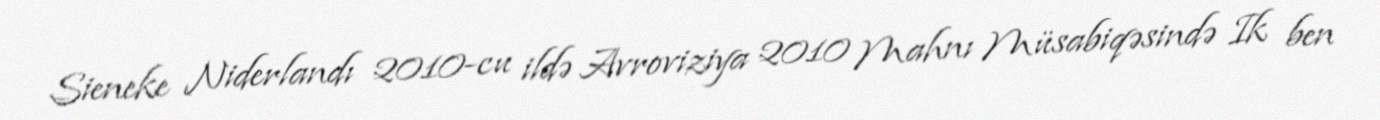
Sieneke Niderlandı 2010-cu ildə Avroviziya 2010 Mahnı Müsabiqəsində Ik ben